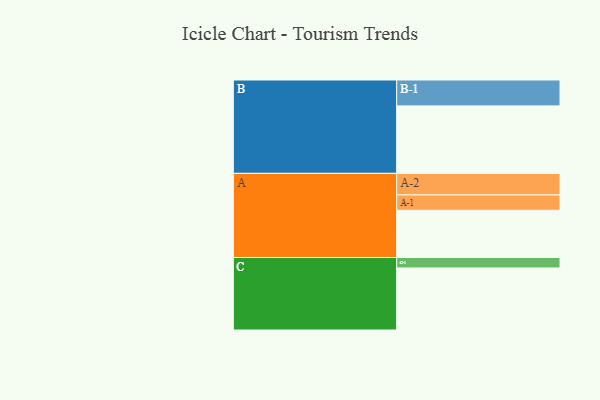
{"axis": {"x": "Segment", "y": "Value"}, "legend": ["", "A", "B", "C"], "data": [{"x": "A", "y": 385, "type": ""}, {"x": "B", "y": 550, "type": ""}, {"x": "C", "y": 506, "type": ""}, {"x": "A-1", "y": 125, "type": "A"}, {"x": "A-2", "y": 176, "type": "A"}, {"x": "B-1", "y": 211, "type": "B"}, {"x": "C-1", "y": 85, "type": "C"}]}